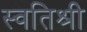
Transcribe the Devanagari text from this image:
स्वतिश्री